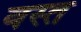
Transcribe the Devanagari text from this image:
वस्त